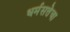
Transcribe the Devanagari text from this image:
धर्मसत्तेचा